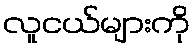
လူငယ်များကို